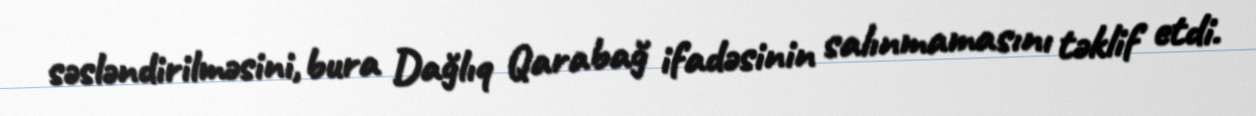
səsləndirilməsini, bura Dağlıq Qarabağ ifadəsinin salınmamasını təklif etdi.